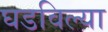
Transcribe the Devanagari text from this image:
घडविल्या